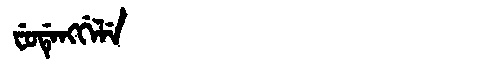
Manchu: ᠸᡠᡩᡝᠩᡤᡝᠯᡝ
Romanization: FUDENGGELE